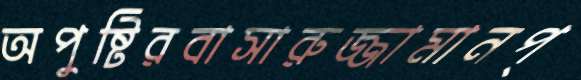
অপুষ্টিরবাসারুজ্জামানপ্